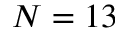
N = 1 3